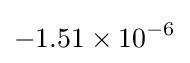
-1.51\times 10^{-6}